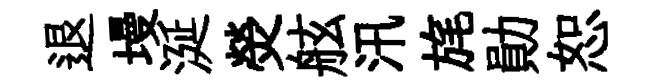
退墁涎熒舷汛旄勛恕